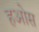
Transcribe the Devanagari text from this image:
हओस